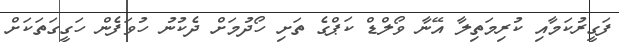
ފަގީރުކަމާއި ކުރިމަތިލާ އޭނާ ވޯލްޑް ކަޕްގެ ތަށި ހޯދުމަށް ދެކުނު ހުވަފެން ހަގީގަތަކަށް